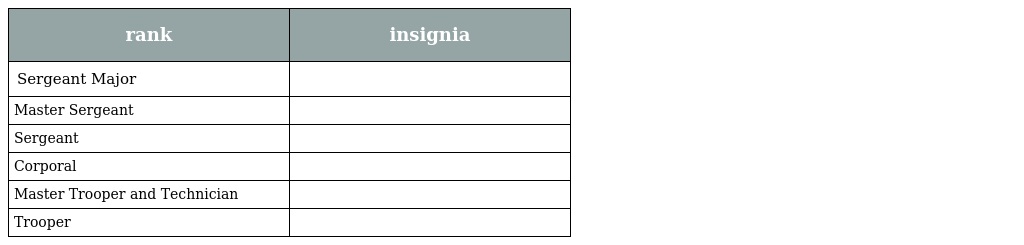
| rank | insignia |
 | --- | --- |
 | Sergeant Major |  |
 | Master Sergeant |  |
 | Sergeant |  |
 | Corporal |  |
 | Master Trooper and Technician |  |
 | Trooper |  |